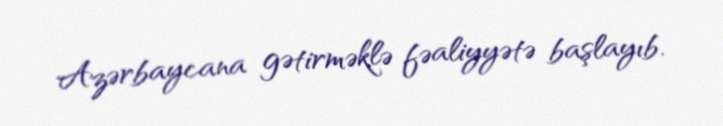
Azərbaycana gətirməklə fəaliyyətə başlayıb.